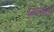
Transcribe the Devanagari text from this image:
इन्फ़ोपार्क